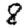
Digit: 8